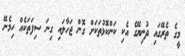
މީގެ ތެރޭގައި ދުނިޔޭގެ އެކި ކަންކޮޅުތަކަށް ގޮން ޖަހާލައި ގިނަ ސިފަތަކެއް ހިމެނޭ